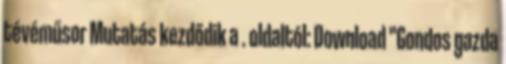
tévéműsor Mutatás kezdődik a . oldaltól: Download "Gondos gazda